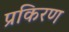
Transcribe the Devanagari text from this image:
प्रकिरण